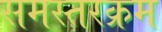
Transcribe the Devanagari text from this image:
समस्तरक्रम